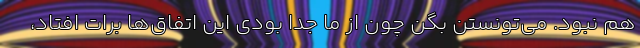
هم نبود. می‌تونستن بگن چون از ما جدا بودی این اتفاق‌ها برات افتاد،